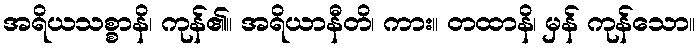
အရိယသစ္စာနိ၊ ကုန်၏။ အရိယာနီတိ၊ ကား။ တထာနိ၊ မှန် ကုန်သော။